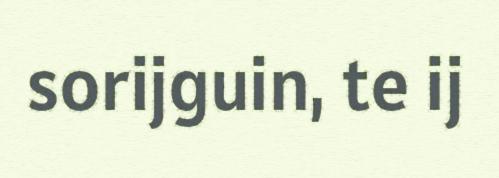
sorijguin, te ij